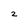
Character: 2